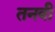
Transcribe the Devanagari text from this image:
तनवी